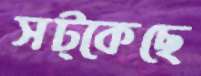
সট্‌কেছে